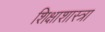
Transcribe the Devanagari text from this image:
शिक्षाशास्त्रा